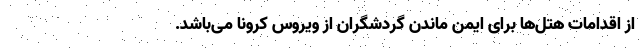
از اقدامات هتل‌ها برای ایمن ماندن گردشگران از ویروس کرونا می‌باشد.